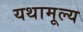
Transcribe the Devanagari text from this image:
यथामूल्य